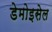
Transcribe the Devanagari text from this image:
डेमोइसेल